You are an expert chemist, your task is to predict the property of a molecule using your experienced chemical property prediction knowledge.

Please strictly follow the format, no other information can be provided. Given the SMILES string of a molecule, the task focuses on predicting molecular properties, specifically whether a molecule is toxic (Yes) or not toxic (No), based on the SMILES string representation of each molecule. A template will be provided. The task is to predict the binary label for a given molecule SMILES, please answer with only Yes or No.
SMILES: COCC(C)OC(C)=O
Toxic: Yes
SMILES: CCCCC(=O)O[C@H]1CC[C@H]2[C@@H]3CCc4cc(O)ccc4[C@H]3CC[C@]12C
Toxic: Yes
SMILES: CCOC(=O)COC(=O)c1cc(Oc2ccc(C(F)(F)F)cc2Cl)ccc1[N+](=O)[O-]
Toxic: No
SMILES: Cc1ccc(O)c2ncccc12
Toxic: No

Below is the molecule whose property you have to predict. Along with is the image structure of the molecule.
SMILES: CCC=CC#N
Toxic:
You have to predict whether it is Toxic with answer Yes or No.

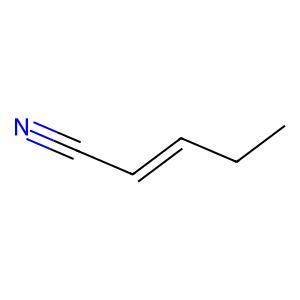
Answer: No